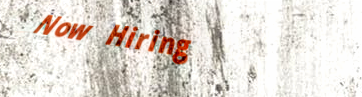
Now Hiring